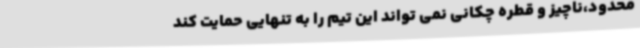
محدود،ناچیز و قطره چکانی نمی تواند این تیم را به تنهایی حمایت کند